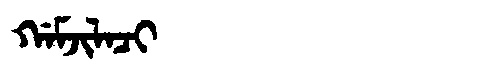
Manchu: ᡤᠠᠮᠵᡳᠯᠠᠴᡳ
Romanization: GAMJILACI